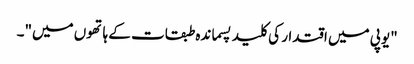
"یوپی میں اقتدار کی کلید پسماندہ طبقات کے ہاتھوں میں"۔